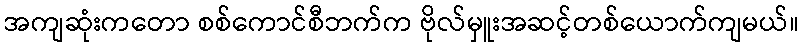
အကျဆုံးကတော စစ်ကောင်စီဘက်က ဗိုလ်မှူးအဆင့်တစ်ယောက်ကျမယ်။